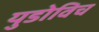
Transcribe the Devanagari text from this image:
युडोविच